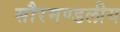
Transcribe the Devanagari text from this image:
सौरमण्डलीय